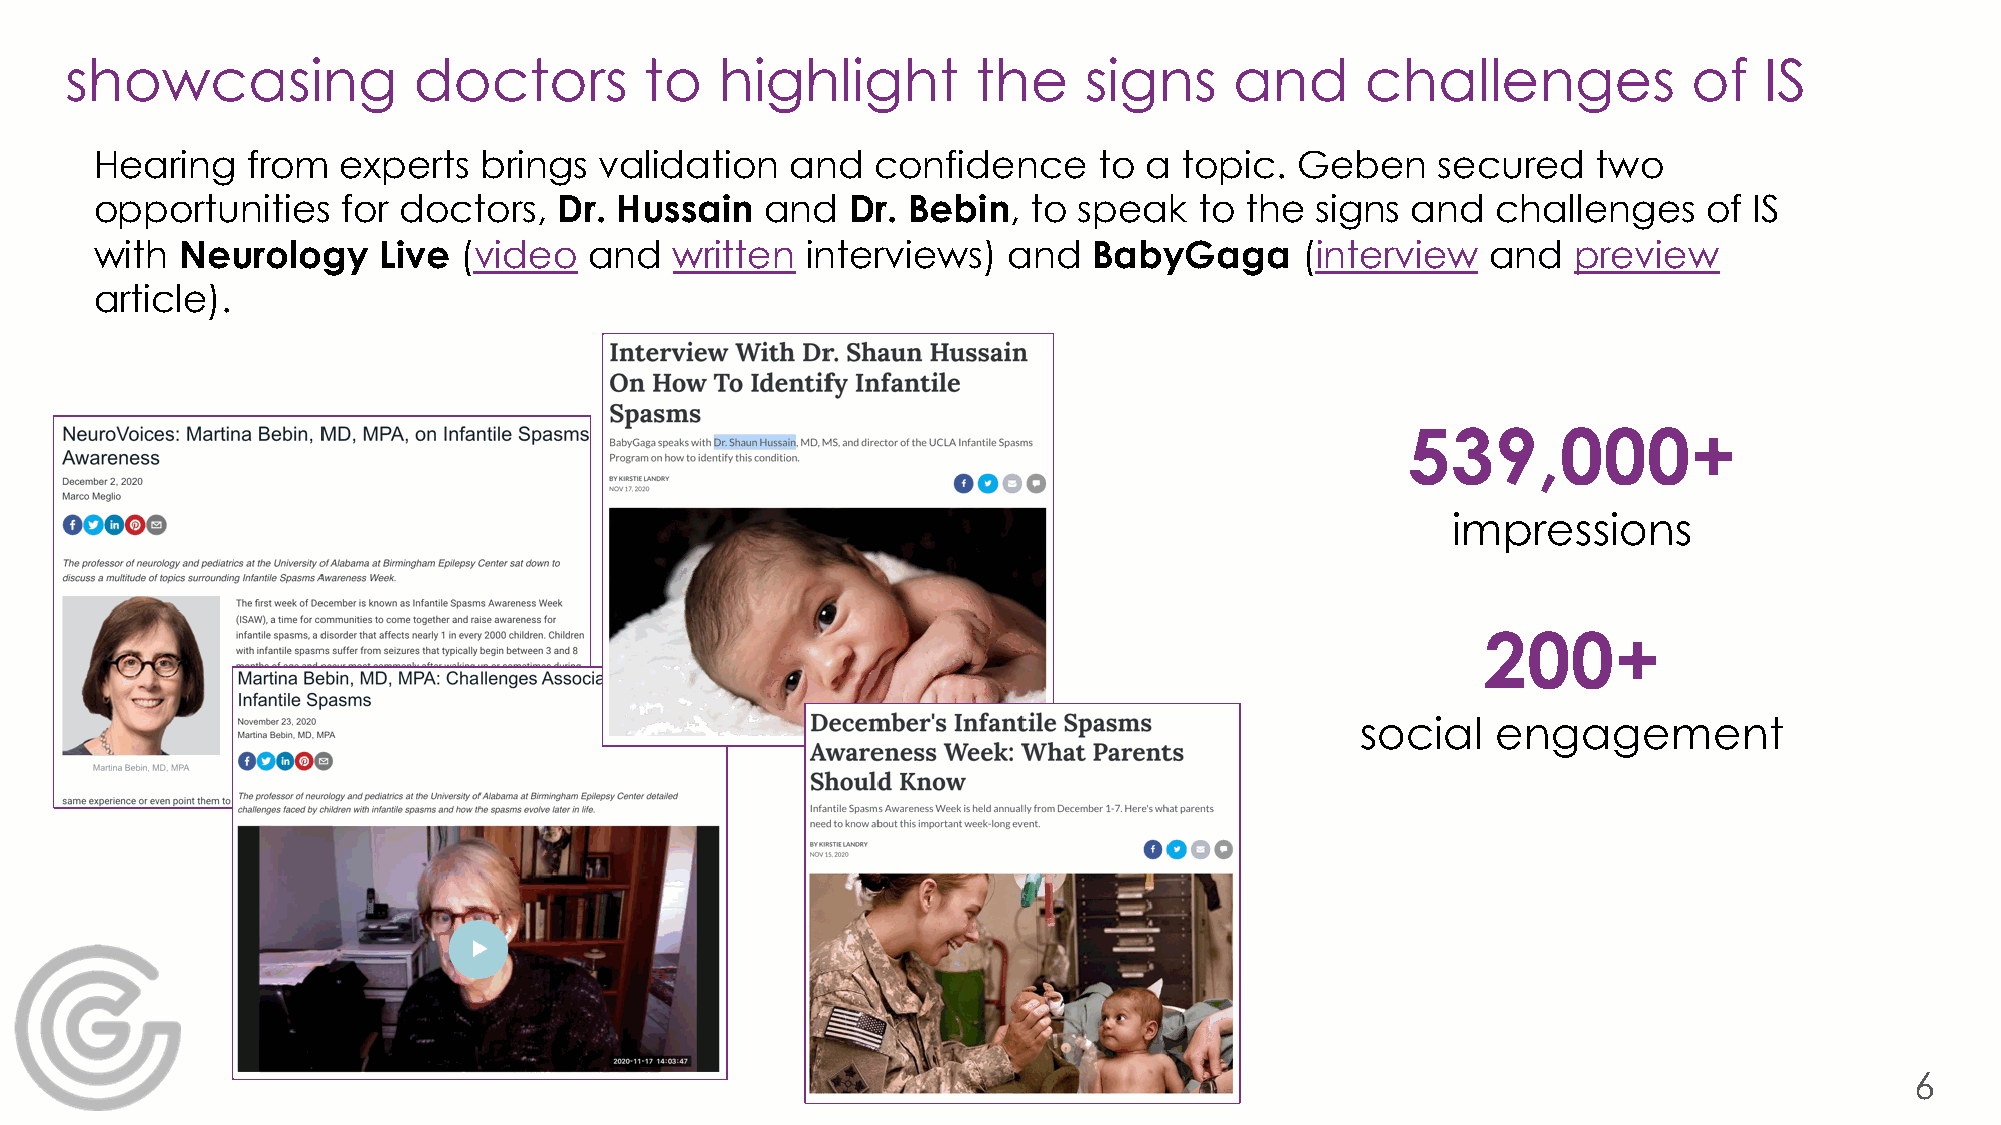
showcasing             doctors         to   highlight        the    signs     and     challenges            of   IS
 Hearing   from  experts   brings  validation  and   confidence     to a topic.  Geben    secured    two
 opportunities    for doctors,  Dr. Hussain   and  Dr. Bebin,  to speak   to the  signs and   challenges    of IS
 with  Neurology    Live (video   and  written  interviews)   and  BabyGaga      (interview   and  preview
 article).
 539,000+
 impressions
 200+
 social   engagement
 6